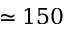
\simeq 1 5 0